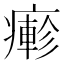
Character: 𤺋